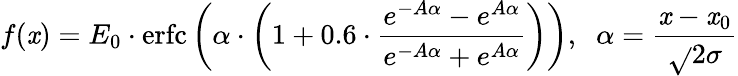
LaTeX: f(\mathit{x})=E_{0}\cdot\mathrm{{erfc}}\left(\alpha\cdot\left(1+0.6\cdot\frac{{e^{-A\alpha}-e^{A\alpha}}}{{e^{-A\alpha}+e^{A\alpha}}}\right)\right),\; \; \alpha=\frac{{\mathit{x}-\mathit{x}_{0}}}{{\sqrt{}{{2}}\sigma}}